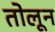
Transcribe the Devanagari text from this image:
तोलून